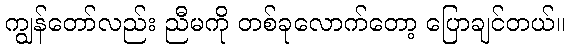
ကျွန်တော်လည်း ညီမကို တစ်ခုလောက်တော့ ပြောချင်တယ်။